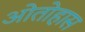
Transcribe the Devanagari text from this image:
ओतोहास